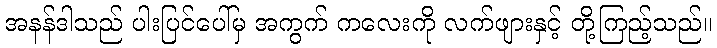
အနန်ဒါသည် ပါးပြင်ပေါ်မှ အကွက် ကလေးကို လက်ဖျားနှင့် တို့ကြည့်သည်။